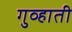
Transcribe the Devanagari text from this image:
गुव्हाती